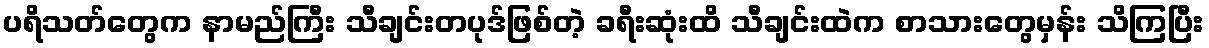
ပရိသတ်တွေက နာမည်ကြီး သီချင်းတပုဒ်ဖြစ်တဲ့ ခရီးဆုံးထိ သီချင်းထဲက စာသားတွေမှန်း သိကြပြီး